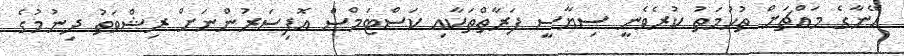
އޭނާގެ މައްޗަށް ތުހުމަތު ކުރެވެނީ ސިޔާސީ ފަރާތްތަކާއި ކަސްޓަމްސް އޮފިސަރުންނަށް ރިޝްވަތު ދިނުމުގެ